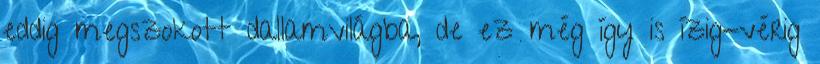
eddig megszokott dallamvilágba, de ez még így is ízig-vérig